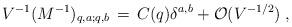
LaTeX: \begin{align*}V^{-1} (M^{-1})_{q,a;q,b} \, = \, C(q) \delta^{a,b} + {\cal O}(V^{-1/2})\;\mbox{,}\end{align*}